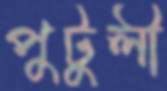
পুটুলী